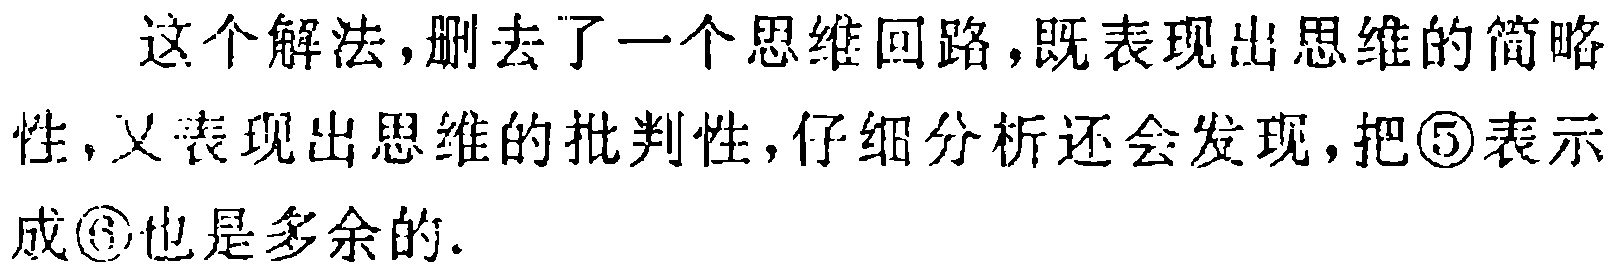
这个解法,删去了一个思维回路,既表现出思维的简略性,又表现出思维的批判性,仔细分析还会发现,把\textcircled{5}表示成\textcircled{6}也是多余的.